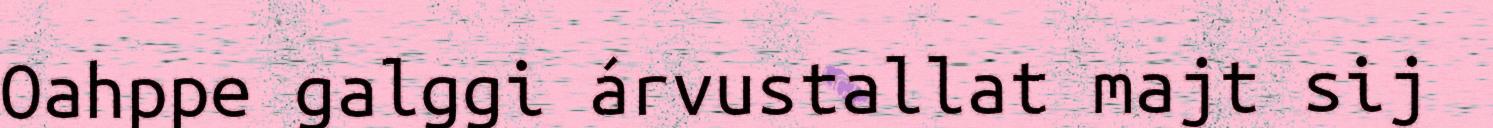
Oahppe galggi árvustallat majt sij